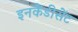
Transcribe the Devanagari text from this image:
इनकैंडीसेंट